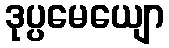
ဒုပ္ပမေယျော